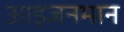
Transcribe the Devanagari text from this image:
आइजनमान